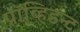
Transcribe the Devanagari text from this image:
प्रॉव्हिडन्ट